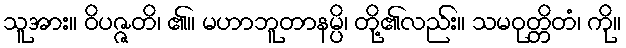
သူအား။ ဝိပဇ္ဇတိ၊ ၏။ မဟာဘူတာနမ္ပိ၊ တို့၏လည်း။ သမဝုတ္တိတံ၊ ကို။